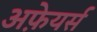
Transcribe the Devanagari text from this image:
अफ़ेयर्स